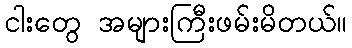
ငါးတွေ အများကြီးဖမ်းမိတယ်။